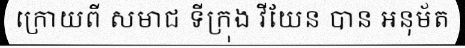
ក្រោយពី សមាជ ទីក្រុង វីយែន បាន អនុម័ត